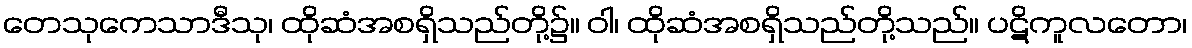
တေသုကေသာဒီသု၊ ထိုဆံအစရှိသည်တို့၌။ ဝါ၊ ထိုဆံအစရှိသည်တို့သည်။ ပဋိကူလတော၊